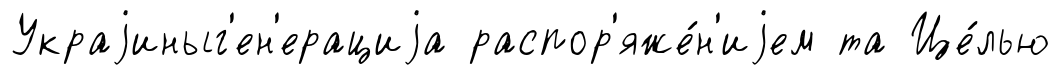
Украjиныг'ен'ерациjа распор'яже́н'иjем та Це́лью